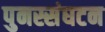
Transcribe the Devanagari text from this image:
पुनस्संघटन